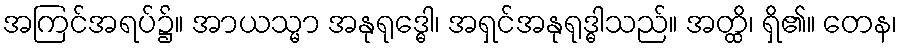
အကြင်အရပ်၌။ အာယသ္မာ အနုရုဒ္ဓေါ၊ အရှင်အနုရုဒ္ဓါသည်။ အတ္ထိ၊ ရှိ၏။ တေန၊